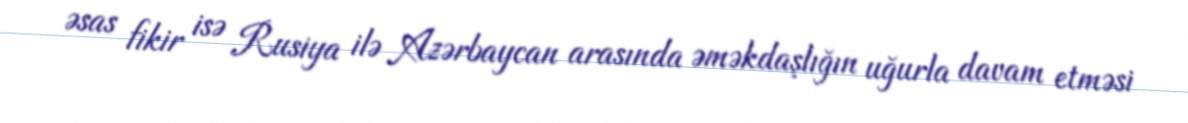
əsas fikir isə Rusiya ilə Azərbaycan arasında əməkdaşlığın uğurla davam etməsi